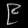
Digit: ၉